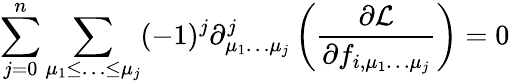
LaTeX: \sum_{j=0}^{n}\sum_{\mu_{1}\leq\ldots\leq\mu_{j}}(-1)^{j}\partial_{\mu_{1}\ldots\mu_{j}}^{j}\left({\frac{\partial{\mathcal{L}}}{\partial f_{i,\mu_{1}\dots\mu_{j}}}}\right)=0